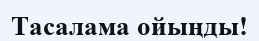
Тасалама ойыңды!